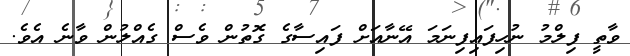
ވާތީ ފިލްމު ނުހިފައިފިނަމަ އޭނާއަށް ފައިސާގެ ގޮތުން ވެސް ގެއްލުން ވާނެ އެވެ.